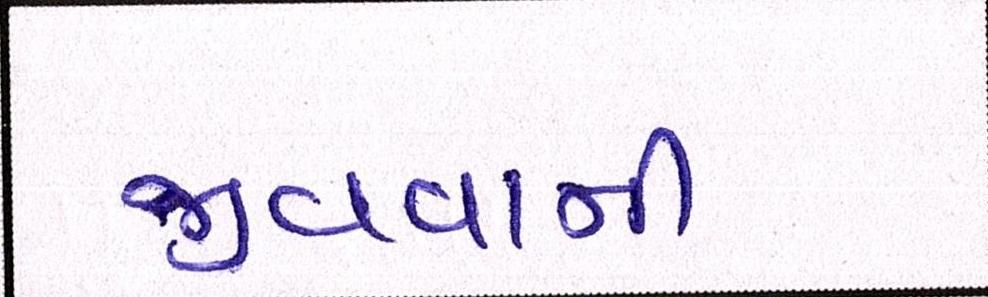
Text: જીવવાની